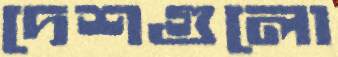
দেশগুলো